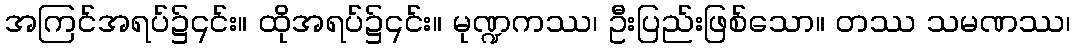
အကြင်အရပ်၌၎င်း။ ထိုအရပ်၌၎င်း။ မုဏ္ဍကဿ၊ ဦးပြည်းဖြစ်သော။ တဿ သမဏဿ၊